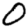
Digit: 0